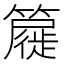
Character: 𮆧